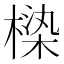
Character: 𰘏